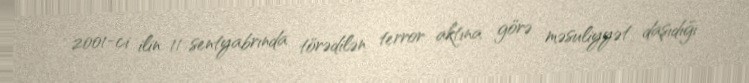
2001-ci ilin 11 sentyabrında törədilən terror aktına görə məsuliyyət daşıdığı